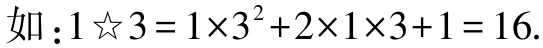
如：\(1☆3 = 1\times3^{2}+2\times1\times3 + 1 = 16\).